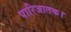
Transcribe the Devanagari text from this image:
पारिजातक।